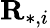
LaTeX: \mathbf{R}_{*,i}